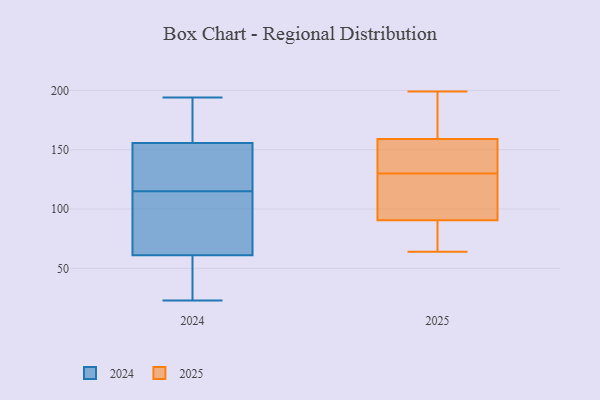
{"axis": {"x": "Budget (USD K)", "y": "Value"}, "legend": ["2024", "2025"], "data": [{"x": "", "y": 168, "type": "2025"}, {"x": "", "y": 199, "type": "2025"}, {"x": "", "y": 92, "type": "2025"}, {"x": "", "y": 156, "type": "2025"}, {"x": "", "y": 108, "type": "2025"}, {"x": "", "y": 155, "type": "2025"}, {"x": "", "y": 64, "type": "2025"}, {"x": "", "y": 100, "type": "2025"}, {"x": "", "y": 130, "type": "2025"}, {"x": "", "y": 195, "type": "2025"}, {"x": "", "y": 148, "type": "2025"}, {"x": "", "y": 86, "type": "2025"}, {"x": "", "y": 85, "type": "2025"}, {"x": "", "y": 91, "type": "2024"}, {"x": "", "y": 115, "type": "2024"}, {"x": "", "y": 194, "type": "2024"}, {"x": "", "y": 67, "type": "2024"}, {"x": "", "y": 152, "type": "2024"}, {"x": "", "y": 157, "type": "2024"}, {"x": "", "y": 59, "type": "2024"}, {"x": "", "y": 120, "type": "2024"}, {"x": "", "y": 24, "type": "2024"}, {"x": "", "y": 73, "type": "2024"}, {"x": "", "y": 193, "type": "2024"}, {"x": "", "y": 23, "type": "2024"}, {"x": "", "y": 39, "type": "2024"}, {"x": "", "y": 192, "type": "2024"}, {"x": "", "y": 124, "type": "2024"}]}